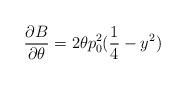
LaTeX: \begin{align*}\frac{\partial B}{\partial \theta }=2\theta p^{2}_{0}(\frac{1}{4}-y^{2})\end{align*}